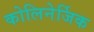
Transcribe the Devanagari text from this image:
कोलिनेर्जिक